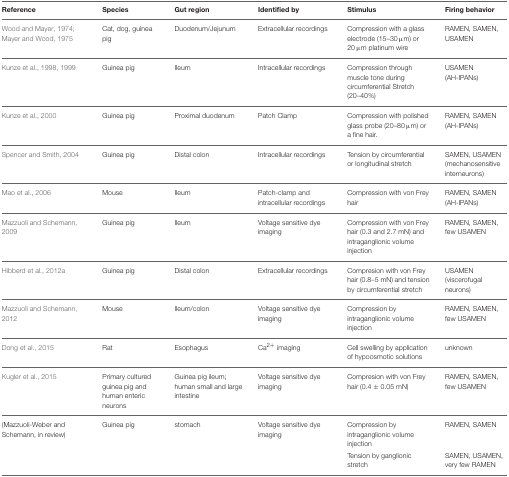
<table><thead><tr><td><b>Reference</b></td><td><b>Species</b></td><td><b>Gut region</b></td><td><b>Identified by</b></td><td><b>Stimulus</b></td><td><b>Firing behavior</b></td></tr></thead><tbody><tr><td>Wood and Mayer, 1974; Mayer and Wood, 1975</td><td>Cat, dog, guinea pig</td><td>Duodenum/Jejunum</td><td>Extracellular recordings</td><td>Compression with a glass electrode (15–30 μm) or 20 μm platinum wire</td><td>RAMEN, SAMEN, USAMEN</td></tr><tr><td>Kunze et al., 1998, 1999</td><td>Guinea pig</td><td>Ileum</td><td>Intracellular recordings</td><td>Compression through muscle tone during circumferential Stretch (20–40%)</td><td>USAMEN (AH-IPANs)</td></tr><tr><td>Kunze et al., 2000</td><td>Guinea pig</td><td>Proximal duodenum</td><td>Patch Clamp</td><td>Compression with polished glass probe (20–80 μm) or a fine hair.</td><td>RAMEN, SAMEN (AH-IPANs)</td></tr><tr><td>Spencer and Smith, 2004</td><td>Guinea pig</td><td>Distal colon</td><td>Intracellular recordings</td><td>Tension by circumferential or longitudinal stretch</td><td>SAMEN, USAMEN (mechanosensitive interneurons)</td></tr><tr><td>Mao et al., 2006</td><td>Mouse</td><td>Ileum</td><td>Patch-clamp and intracellular recordings</td><td>Compression with von Frey hair</td><td>RAMEN, SAMEN (AH-IPANs)</td></tr><tr><td>Mazzuoli and Schemann, 2009</td><td>Guinea pig</td><td>Ileum</td><td>Voltage sensitive dye imaging</td><td>Compression with von Frey hair (0.3 and 2.7 mN) and intraganglionic volume injection</td><td>RAMEN, SAMEN, few USAMEN</td></tr><tr><td>Hibberd et al., 2012a</td><td>Guinea pig</td><td>Distal colon</td><td>Extracellular recordings</td><td>Compresion with von Frey hair (0.8–5 mN) and tension by circumferential stretch</td><td>USAMEN (viscerofugal neurons)</td></tr><tr><td>Mazzuoli and Schemann, 2012</td><td>Mouse</td><td>Ileum/colon</td><td>Voltage sensitive dye imaging</td><td>Compression by intraganglionic volume injection</td><td>RAMEN, SAMEN, few USAMEN</td></tr><tr><td>Dong et al., 2015</td><td>Rat</td><td>Esophagus</td><td>Ca<sup>2+</sup> imaging</td><td>Cell swelling by application of hypoosmotic solutions</td><td>unknown</td></tr><tr><td>Kugler et al., 2015</td><td>Primary cultured guinea pig and human enteric neurons</td><td>Guinea pig ileum; human small and large intestine</td><td>Voltage sensitive dye imaging</td><td>Compresion with von Frey hair (0.4 ± 0.05 mN)</td><td>RAMEN, SAMEN, few USAMEN</td></tr><tr><td>(Mazzuoli-Weber and Schemann, in review)</td><td>Guinea pig</td><td>stomach</td><td>Voltage sensitive dye imaging</td><td>Compression by intraganglionic volume injection</td><td>RAMEN, SAMEN</td></tr><tr><td></td><td></td><td></td><td></td><td>Tension by ganglionic stretch</td><td>SAMEN, USAMEN, very few RAMEN</td></tr></tbody></table>